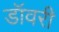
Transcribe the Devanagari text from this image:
डॉवरी